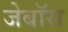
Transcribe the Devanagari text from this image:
जेबॉस